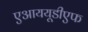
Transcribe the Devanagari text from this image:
एआययूडीएफ